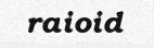
raioid